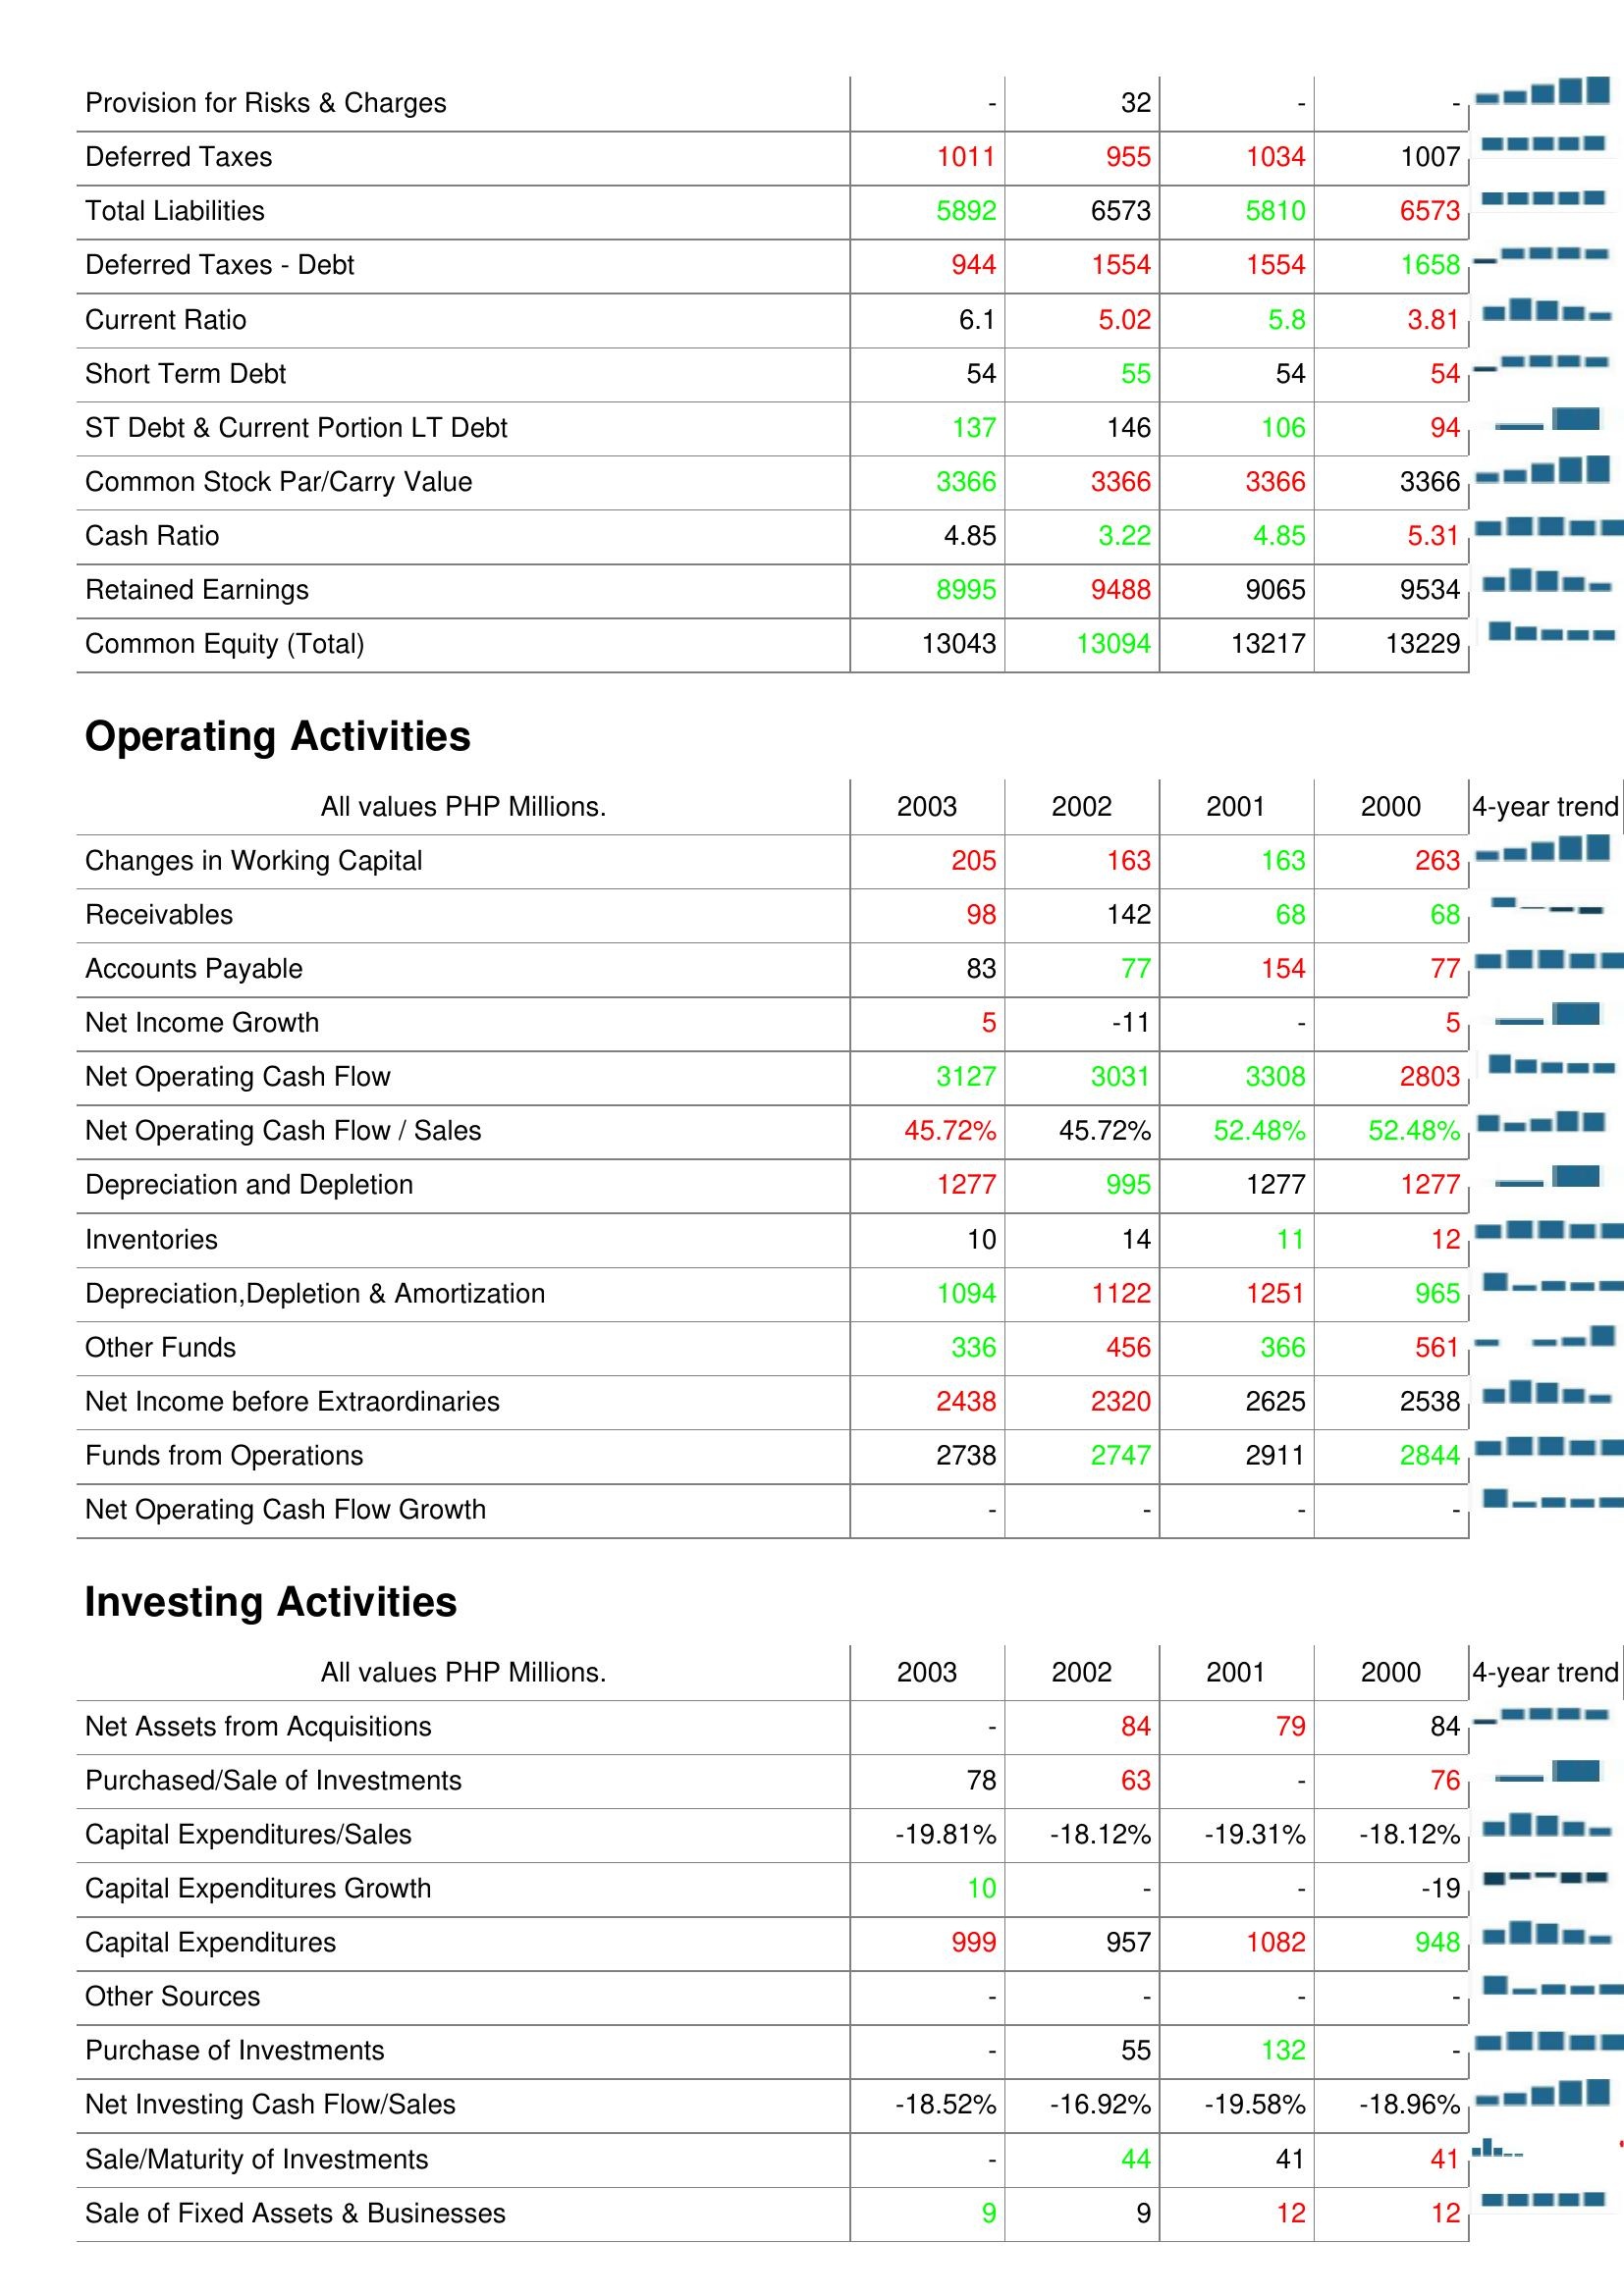
2003: Liabilities & Shareholder's Equity: Provision for Risks & Charges: -
Deferred Taxes: 1011
Total Liabilities: 5892
Deferred Taxes - Debt: 944
Current Ratio: 6.1
Short Term Debt: 54
ST Debt & Current Portion LT Debt: 137
Common Stock Par/Carry Value: 3366
Cash Ratio: 4.85
Retained Earnings: 8995
Common Equity (Total): 13043
Operating Activities: Changes in Working Capital: 205
Receivables: 98
Accounts Payable: 83
Net Income Growth: 5
Net Operating Cash Flow: 3127
Net Operating Cash Flow / Sales: 45.72%
Depreciation and Depletion: 1277
Inventories: 10
Depreciation,Depletion & Amortization: 1094
Other Funds: 336
Net Income before Extraordinaries: 2438
Funds from Operations: 2738
Net Operating Cash Flow Growth: -
Investing Activities: Net Assets from Acquisitions: -
Purchased/Sale of Investments: 78
Capital Expenditures/Sales: -19.81%
Capital Expenditures Growth: 10
Capital Expenditures: 999
Other Sources: -
Purchase of Investments: -
Net Investing Cash Flow/Sales: -18.52%
Sale/Maturity of Investments: -
Sale of Fixed Assets & Businesses: 9
2002: Liabilities & Shareholder's Equity: Provision for Risks & Charges: 32
Deferred Taxes: 955
Total Liabilities: 6573
Deferred Taxes - Debt: 1554
Current Ratio: 5.02
Short Term Debt: 55
ST Debt & Current Portion LT Debt: 146
Common Stock Par/Carry Value: 3366
Cash Ratio: 3.22
Retained Earnings: 9488
Common Equity (Total): 13094
Operating Activities: Changes in Working Capital: 163
Receivables: 142
Accounts Payable: 77
Net Income Growth: -11
Net Operating Cash Flow: 3031
Net Operating Cash Flow / Sales: 45.72%
Depreciation and Depletion: 995
Inventories: 14
Depreciation,Depletion & Amortization: 1122
Other Funds: 456
Net Income before Extraordinaries: 2320
Funds from Operations: 2747
Net Operating Cash Flow Growth: -
Investing Activities: Net Assets from Acquisitions: 84
Purchased/Sale of Investments: 63
Capital Expenditures/Sales: -18.12%
Capital Expenditures Growth: -
Capital Expenditures: 957
Other Sources: -
Purchase of Investments: 55
Net Investing Cash Flow/Sales: -16.92%
Sale/Maturity of Investments: 44
Sale of Fixed Assets & Businesses: 9
2001: Liabilities & Shareholder's Equity: Provision for Risks & Charges: -
Deferred Taxes: 1034
Total Liabilities: 5810
Deferred Taxes - Debt: 1554
Current Ratio: 5.8
Short Term Debt: 54
ST Debt & Current Portion LT Debt: 106
Common Stock Par/Carry Value: 3366
Cash Ratio: 4.85
Retained Earnings: 9065
Common Equity (Total): 13217
Operating Activities: Changes in Working Capital: 163
Receivables: 68
Accounts Payable: 154
Net Income Growth: -
Net Operating Cash Flow: 3308
Net Operating Cash Flow / Sales: 52.48%
Depreciation and Depletion: 1277
Inventories: 11
Depreciation,Depletion & Amortization: 1251
Other Funds: 366
Net Income before Extraordinaries: 2625
Funds from Operations: 2911
Net Operating Cash Flow Growth: -
Investing Activities: Net Assets from Acquisitions: 79
Purchased/Sale of Investments: -
Capital Expenditures/Sales: -19.31%
Capital Expenditures Growth: -
Capital Expenditures: 1082
Other Sources: -
Purchase of Investments: 132
Net Investing Cash Flow/Sales: -19.58%
Sale/Maturity of Investments: 41
Sale of Fixed Assets & Businesses: 12
2000: Liabilities & Shareholder's Equity: Provision for Risks & Charges: -
Deferred Taxes: 1007
Total Liabilities: 6573
Deferred Taxes - Debt: 1658
Current Ratio: 3.81
Short Term Debt: 54
ST Debt & Current Portion LT Debt: 94
Common Stock Par/Carry Value: 3366
Cash Ratio: 5.31
Retained Earnings: 9534
Common Equity (Total): 13229
Operating Activities: Changes in Working Capital: 263
Receivables: 68
Accounts Payable: 77
Net Income Growth: 5
Net Operating Cash Flow: 2803
Net Operating Cash Flow / Sales: 52.48%
Depreciation and Depletion: 1277
Inventories: 12
Depreciation,Depletion & Amortization: 965
Other Funds: 561
Net Income before Extraordinaries: 2538
Funds from Operations: 2844
Net Operating Cash Flow Growth: -
Investing Activities: Net Assets from Acquisitions: 84
Purchased/Sale of Investments: 76
Capital Expenditures/Sales: -18.12%
Capital Expenditures Growth: -19
Capital Expenditures: 948
Other Sources: -
Purchase of Investments: -
Net Investing Cash Flow/Sales: -18.96%
Sale/Maturity of Investments: 41
Sale of Fixed Assets & Businesses: 12